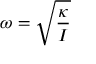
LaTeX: \omega = { \sqrt { \frac { \kappa } { I } } }